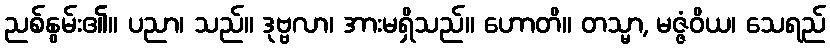
ညစ်နွမ်း၏။ ပညာ၊ သည်။ ဒုဗ္ဗလာ၊ အားမရှိသည်။ ဟောတိ။ တသ္မာ, မဇ္ဇံဝိယ၊ သေရည်